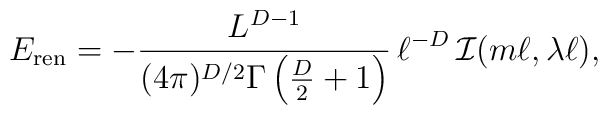
E_{\rm ren}=-\frac{L^{D-1}}{(4\pi)^{D/2}\Gamma\left(\frac{D}{2}+1\right)}\, \ell^{-D}\,{\cal I}(m\ell,\lambda\ell),